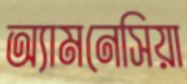
অ্যামনেসিয়া